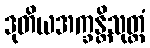
ဒုတိယအက္ခန္တိသုတ္တံ